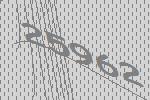
25962